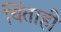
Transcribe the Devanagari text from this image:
चिंताही